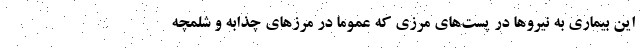
این بیماری به نیروها در پست‌های مرزی که عموما در مرزهای چذابه و شلمچه